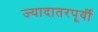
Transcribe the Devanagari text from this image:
ज्यादातरपूर्वी